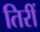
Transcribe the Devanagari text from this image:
तिरीं